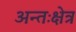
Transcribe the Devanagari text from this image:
अन्तःक्षेत्र